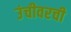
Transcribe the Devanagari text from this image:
उंचीवरची